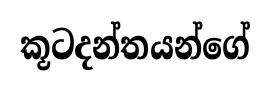
කූටදන්තයන්ගේ